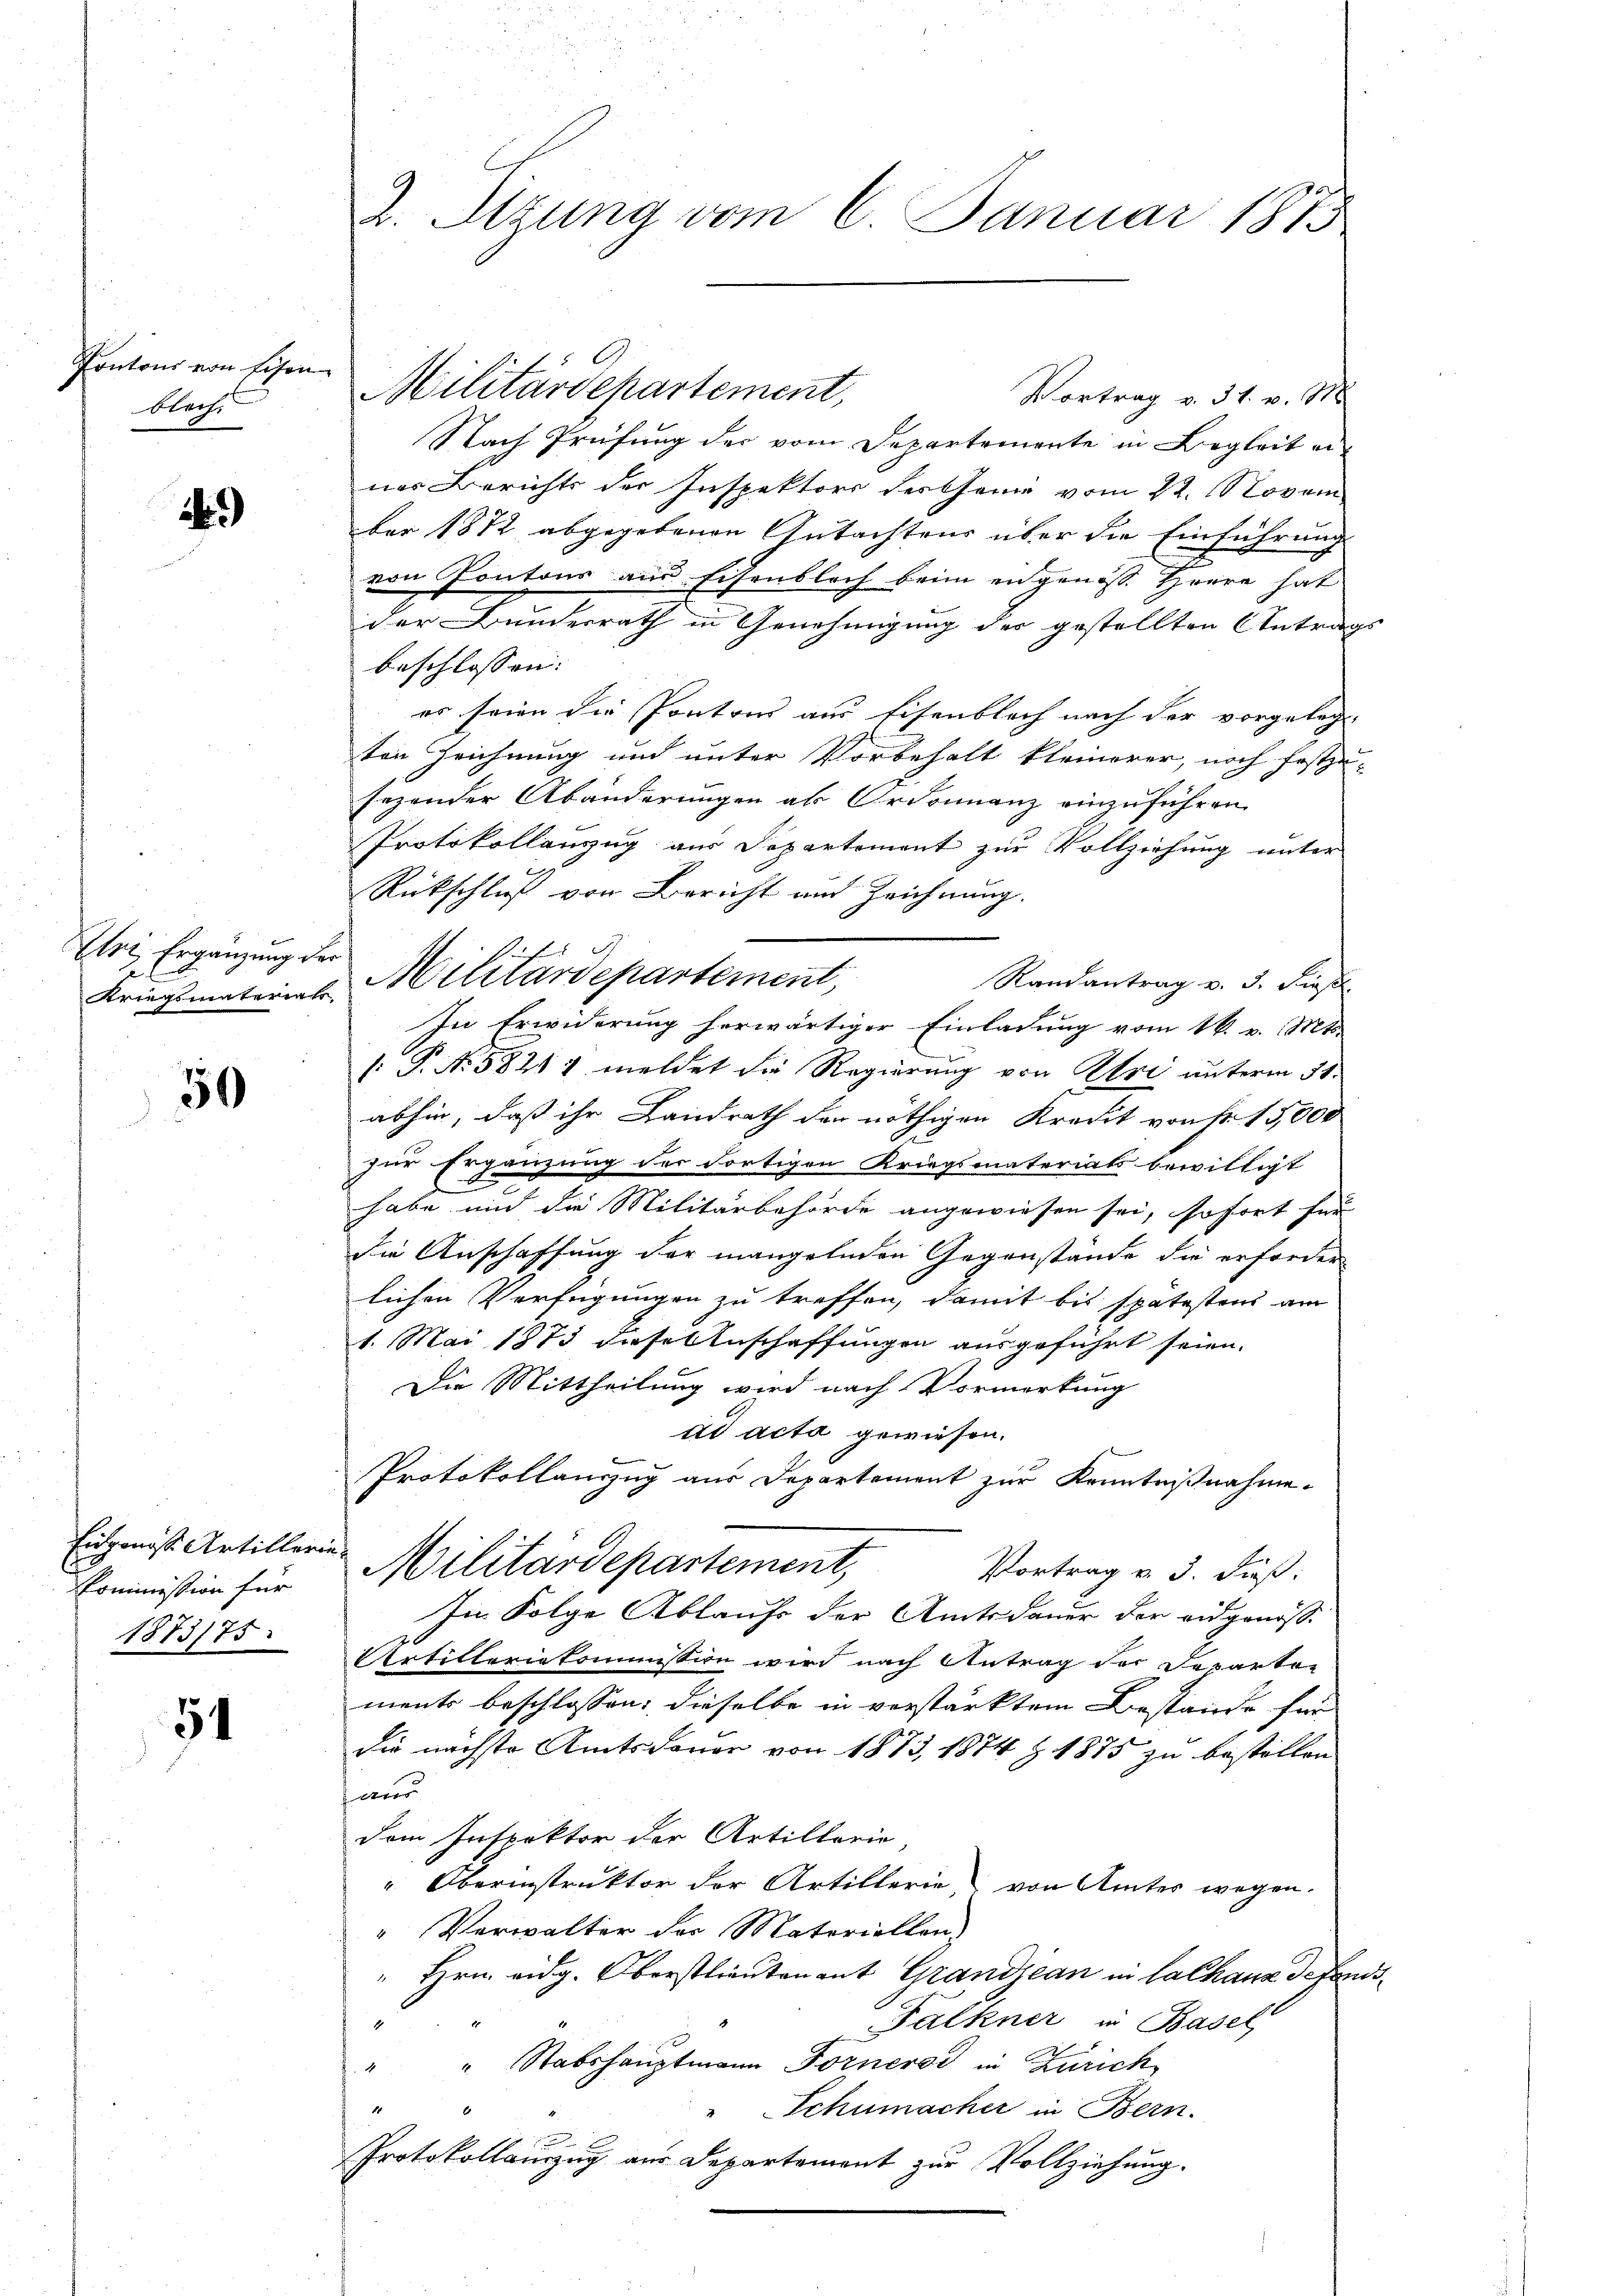
Pontons von Eisen
blech

)

Art Ergänzung des

Kriegsmateriats

50

Commission für
1873/75:

54

Z. Sitzung vom 6. Januar 1875

Nach Prüfung der vom Departemente in Begleit einer Berichts der Inspektors Verthane vom 22. Novem
ber 1872 abgegebenen Gutachtens über die Einführung
von Pontons aus Eisenblech beim engenosse Herre hat
der Bunderrath in Genehmigung der gestellten Antrags
beschlossen:
es seien die Pontons aus Eisenblich nach der vorgeleg-
ten Zeichnung und unter Vorbehalt kleinerer, noch festzu-
sezender Abänderungen als Ordonnanz einzuführen.
Protokollanzug aus Departement zur Vollziehung unter
Rückschluß von Bericht und Zeichnung.
l
Militärdepartement,
Randantrag v. 5. dieß
In Erwiderung herwärtiger Einladung vom 1. v. Mts.
[P. No. 58211 meldet die Regierung von Uri unterm 31.
abhin, daß ihr Landrath den nöthigen Kredit von Fr. 15,000
zur Ergänzung der dortigen Kriegsmateriats bewilligt
habe und die Militärbehörde angewiesen sei, sofort für
die Anschaffung der mangelnden Gegenstände die erforder
lichen Verfügungen zu treffen, damit bis spätestens am
1. Mai 1873 diesenschaffungen ausgeführt seien.
Die Mittheilung wird nach Vormerkung
ad acta gewiesen.
Protokollanzug aus Departement zur Kenntnißnahme.
Eigen ist Artillerie Militärdepartement,
Vortrag u. 3. daß:
In Folge Ablaufs der Amtsdauer der eidgenöss.
Artilleriekommission wird nach Antrag der Departen
ments beschlossen: dieselbe in verstärktem Bestände für
die nächste Amtsdauer von 1873, 1874 Z. 1875 zu bestellen
aer
dem Inspektor der Artillerie
" Oberinstruktor der Artillerie von Amtes wegen.
" Verwalter der Materiellen,
" Hrn. eidg. Oberstlieutenant Grandjean in Lachaus de fonds¬
Falkner in Basel
" " Stabshauptmann Forneros in Zürich
1
" Schumacher in Bern.
Protokollauszug aus Departement zur Vollziehung.

Militärdepartement,
Vortrag v. 31. v. 18